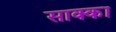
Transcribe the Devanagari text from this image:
साक्का